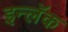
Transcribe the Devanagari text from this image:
इन्लॅक